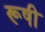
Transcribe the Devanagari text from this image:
रूषी